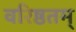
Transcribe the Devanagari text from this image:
वरिष्ठतम्